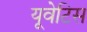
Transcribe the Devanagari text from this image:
यूवेटिस